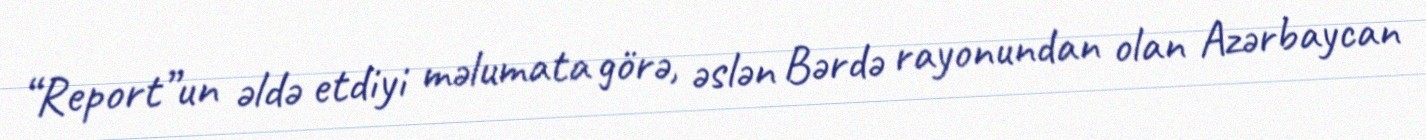
“Report”un əldə etdiyi məlumata görə, əslən Bərdə rayonundan olan Azərbaycan